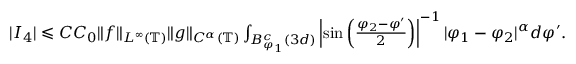
\begin{array} { r } { | I _ { 4 } | \leqslant C C _ { 0 } \| f \| _ { L ^ { \infty } ( \mathbb { T } ) } \| g \| _ { C ^ { \alpha } ( \mathbb { T } ) } \int _ { B _ { \varphi _ { 1 } } ^ { c } ( 3 d ) } \left| \sin \left( \frac { \varphi _ { 2 } - \varphi ^ { \prime } } { 2 } \right) \right| ^ { - 1 } | \varphi _ { 1 } - \varphi _ { 2 } | ^ { \alpha } d \varphi ^ { \prime } . } \end{array}